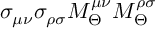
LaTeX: \sigma _ { \mu \nu } \sigma _ { \rho \sigma } M _ { \Theta } ^ { \mu \nu } M _ { \Theta } ^ { \rho \sigma }